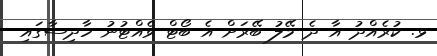
ޅ. ކުރެއްދު އާ ދެ މޭލު ބޭރަށް އެ ބޯޓް ވެއްޓުނު ހާދިސާގައި